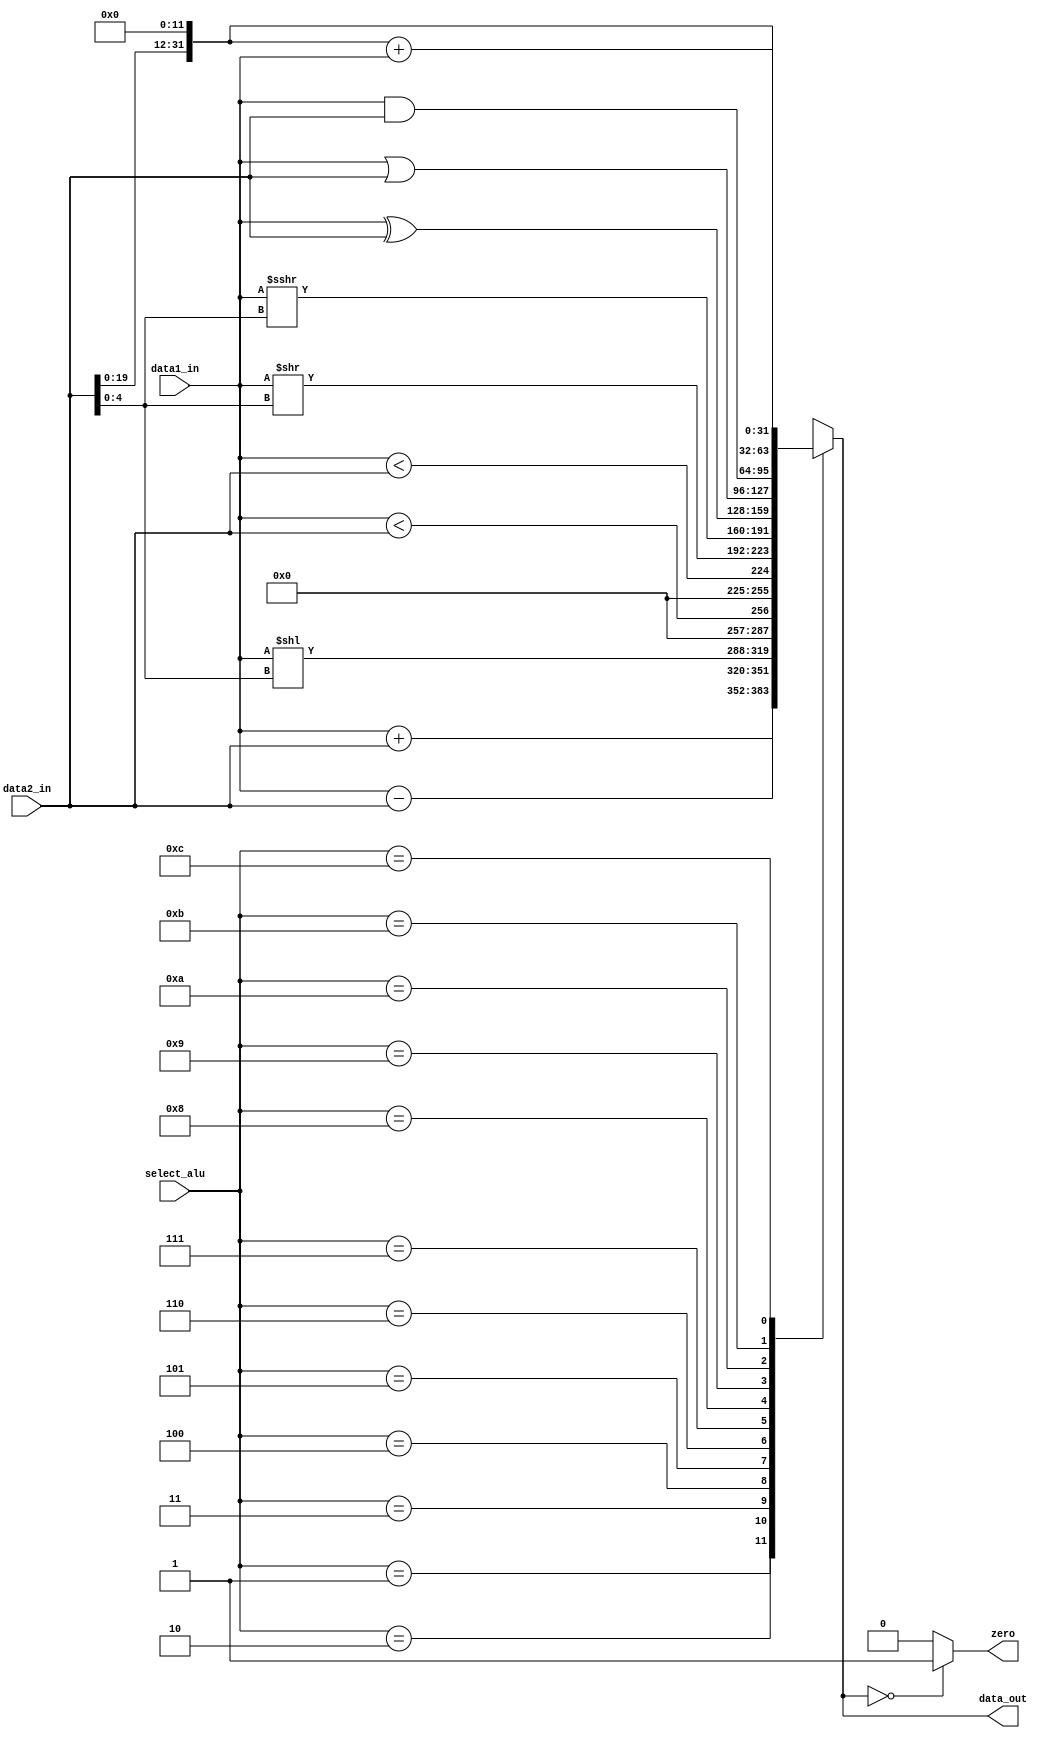
`define WIDTH_DATA 32
`define ALU_ADD    4'b0001
`define ALU_SUB    4'b0010
`define ALU_SLL    4'b0011
`define ALU_SLT    4'b0100
`define ALU_SLTU   4'b0101
`define ALU_SRL    4'b0110
`define ALU_SRA    4'b0111
`define ALU_XOR    4'b1000
`define ALU_OR     4'b1001
`define ALU_AND    4'b1010
`define ALU_LUI    4'b1011
`define ALU_AUIPC  4'b1100

module alu
(select_alu,
data1_in,
data2_in,  
data_out,
zero);

    input  [`WIDTH_DATA-1:0] data1_in;   
    input  [`WIDTH_DATA-1:0] data2_in;
    input  [3:0]  select_alu;
    output [`WIDTH_DATA-1:0] data_out;
    output reg zero;
    reg    [`WIDTH_DATA-1:0] result;

    always @(*)
    begin
        case(select_alu)
            `ALU_ADD:
                result = data1_in + data2_in; //add
            `ALU_SUB:
                result = data1_in - data2_in; //sub
            `ALU_SLL:
                result = data1_in << data2_in[4:0]; //sll
            `ALU_SLT:
                result = {{31{1'b0}},$signed(data1_in) < $signed(data2_in)};
            `ALU_SLTU:
                result = {{31{1'b0}}, data1_in < data2_in};
            `ALU_SRL:
                result = data1_in >> data2_in[4:0]; //srl
            `ALU_SRA:
                result = $signed(data1_in) >>> data2_in[4:0]; //srl
            `ALU_XOR:
                result = data1_in ^ data2_in; //XOR
            `ALU_OR:
                result = data1_in | data2_in; //OR
            `ALU_AND:
                result = data1_in & data2_in; //AND
            `ALU_LUI:
                result = {data2_in[19:0], {12{1'b0}}};
            `ALU_AUIPC:
                result = {data2_in[19:0], {12{1'b0}}} + data1_in;
            default:
                result = 32'bx;
        endcase
        if(result == 0)
        begin
            zero = 1;
        end
        else
        begin
            zero = 0;
        end
    end

    assign data_out = result;
    
endmodule